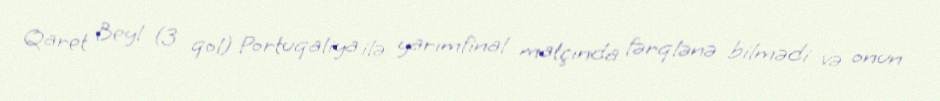
Qaret Beyl (3 qol) Portuqaliya ilə yarımfinal matçında fərqlənə bilmədi və onun